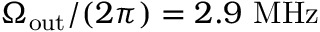
\Omega _ { \mathrm { o u t } } / ( 2 \pi ) = 2 . 9 ~ \mathrm { M H z }